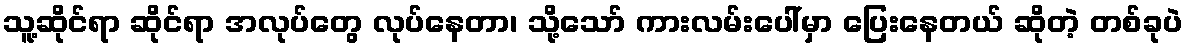
သူ့ဆိုင်ရာ ဆိုင်ရာ အလုပ်တွေ လုပ်နေတာ၊ သို့သော် ကားလမ်းပေါ်မှာ ပြေးနေတယ် ဆိုတဲ့ တစ်ခုပဲ